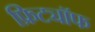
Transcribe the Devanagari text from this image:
फ्रिट्यॉफ